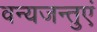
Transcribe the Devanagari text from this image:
वन्यजन्तुएं